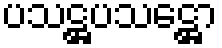
ပသဋ္ဌပသဋ္ဌော